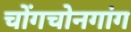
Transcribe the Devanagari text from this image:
चोंगचोनगांग